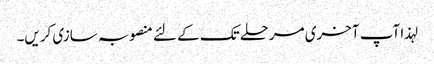
لہذا آپ آخری مرحلے تک کے لئے منصوبہ سازی کریں۔